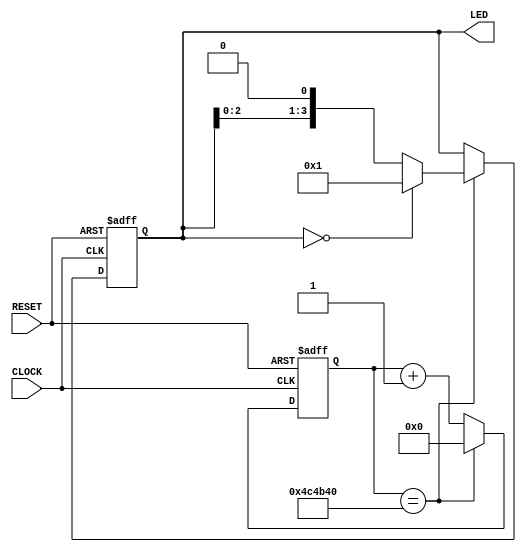
//***************************************//
//# @Author: 
//# @Date:   2019-04-14 19:54:50
//# @Last Modified by:   zlk
//# @Last Modified time: 2019-04-14 21:36:06
//****************************************//
module Run_LED
(
   CLOCK,
	RESET,
	LED 
);   
    
	 
////////////////////////////////////////////	 
	input CLOCK,RESET;
	
	output reg [3:0]LED;
////////////////////////////////////////////
//
//counter100ms
//1
//50MHZ
//1/50M 20nsT100MS= 100ms/20ns-1 = 4999_999
//

reg[25:0] counter;
parameter T100MS = 23'd5_000_000;

always @ (posedge CLOCK or negedge RESET)

if(!RESET)      //

	counter<=25'd0;

else if(counter==T100MS)

	counter<=25'd0;

else

	counter<=counter+1'b1;
////////////////////////////////////////////
always @ (posedge CLOCK or negedge RESET)

if(!RESET)

	LED<=4'b0001;        //led[0]

else if(counter==T100MS)

	begin

		if(LED==4'b0000)      //

			LED<=4'b0001;    //

		else

			LED<=LED<<1;     //

	end

endmodule // Run_LED